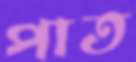
পাত